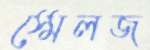
স্মেলজ